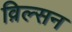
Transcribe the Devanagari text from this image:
व़िल्सन